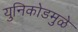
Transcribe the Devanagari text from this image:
युनिकोडमुळे